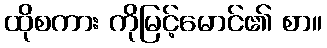
ထိုစကား ကိုမြင့်မောင်၏ စာ။